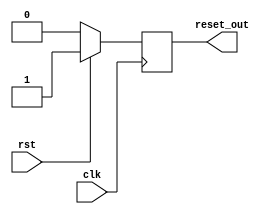
module MemoryBlocksSynchronousResetDetector (
    input wire clk,          // Clock signal
    input wire rst,          // Synchronous reset signal
    output reg reset_out     // Reset output for memory blocks
);

    // Always block triggered on the rising edge of the clock
    always @(posedge clk) begin
        if (rst) begin
            // If reset is asserted, assert reset_out
            reset_out <= 1'b1;
        end else begin
            // If reset is deasserted, hold reset_out high until the next clock cycle
            // Reset output will be deasserted only when rst is low
            reset_out <= 1'b0;
        end
    end

endmodule